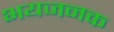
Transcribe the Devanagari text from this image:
भयजनक